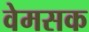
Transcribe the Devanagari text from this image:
वेमसक